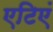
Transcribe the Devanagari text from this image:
एटिएं